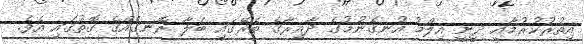
އިތުރުކުރުމާއި ދީނީ އިލްމު އުނގެނުމުގެ ދާއިރާގެ ތެރޭގައި ބަލާ ރޮނގެއްގެ ގޮތުގައި އެވެ.